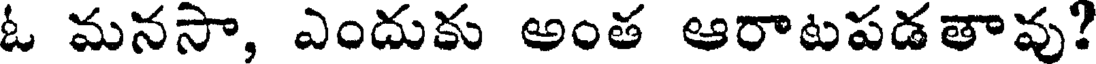
ఓ మనసా, ఎందుకు అంత ఆరాటపడతావు?